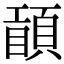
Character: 𥊾